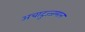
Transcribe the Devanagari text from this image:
अचादुज्जमान